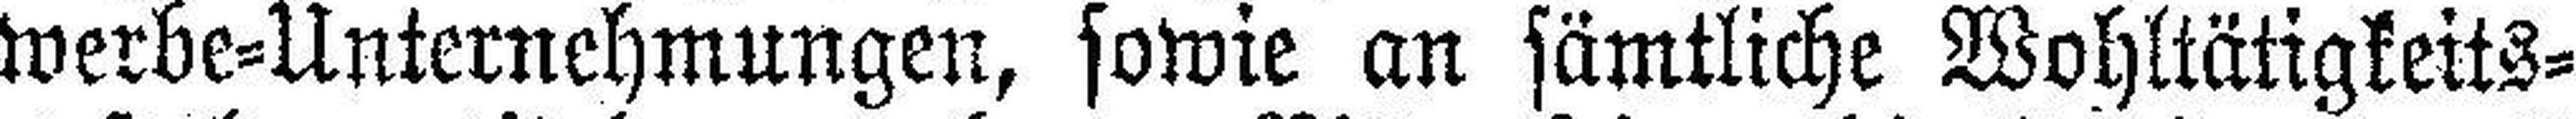
werbe=Unternehmungen, sowie an sämtliche Wohltätigkeits¬